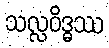
သလ္လဝိဒ္ဓဿ